Report of an investigation of the epidemic of malarial fever in Assam, or, kala-azar
Disease focus: Malaria
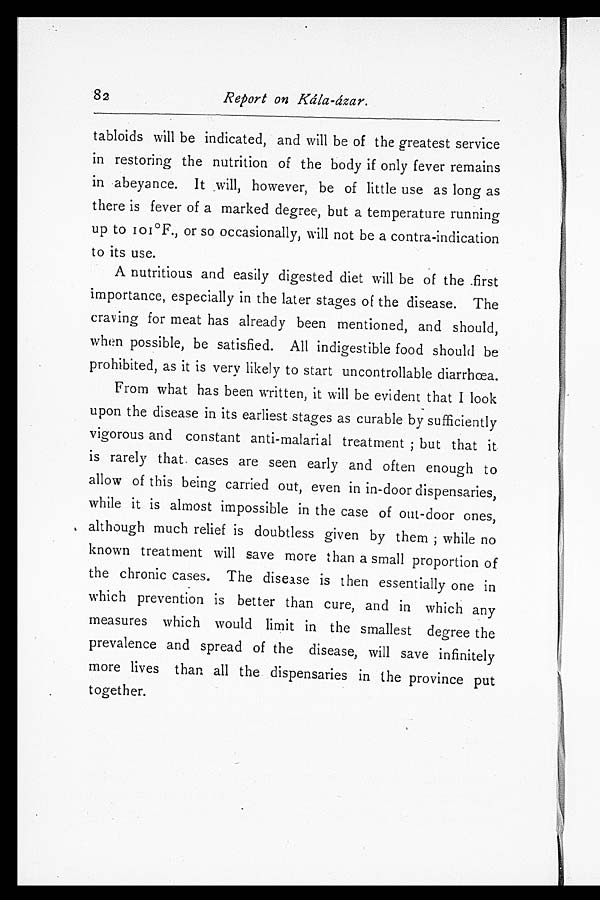
82
Report on Kála-ázar.
tabloids will be indicated, and will be of the greatest service
in restoring the nutrition of the body if only fever remains
in abeyance. It will, however, be of little use as long as
there is fever of a marked degree, but a temperature running
up t o 101º F. , or s o occas i onal l y, wi l l not be a cont r a- i ndi cat i on
to its use.
A nutritious and easily digested diet will be of the first
importance, especially in the later stages of the disease. The
craving for meat has already been mentioned, and should,
when possible, be satisfied. All indigestible food should be
prohibited, as it is very likely to start uncontrollable diarrhœa.
From what has been written, it will be evident that I look
upon the disease in its earliest stages as curable by sufficiently
vigorous and constant anti-malarial treatment; but that it
is rarely that cases are seen early and often enough to
allow of this being carried out, even in in-door dispensaries,
while it is almost impossible in the case of out-door ones,
although much relief is doubtless given by them; while no
known treatment will save more than a small proportion of
the chronic cases. The disease is then essentially one in
which prevention is better than cure, and in which any
measures which would limit in the smallest degree the
prevalence and spread of the disease, will save infinitely
more lives than all the dispensaries in the province put
together.